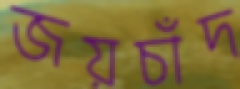
জয়চাঁদ